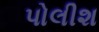
પોલીશ